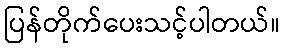
ပြန်တိုက်ပေးသင့်ပါတယ်။